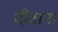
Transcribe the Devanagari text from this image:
दीवान।